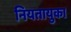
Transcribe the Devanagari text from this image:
नियतायुका